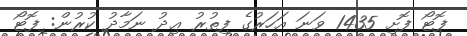
ފޮޓޯ ފޮށި 1435 ވަނަ އަހަރުގެ ފިތުރު ޢިދު ނަމާދު ކުރުން: ފޮޓޯ